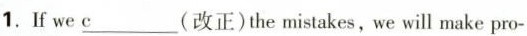
1.If we\underline{c}(改正)the mistakes, we will make pro-